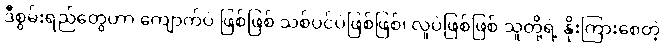
ဒီစွမ်းရည်တွေဟာ ကျောက်ပဲ ဖြစ်ဖြစ် သစ်ပင်ပဲဖြစ်ဖြစ်၊ လူပဲဖြစ်ဖြစ် သူတို့ရဲ့ နိုးကြားစေတဲ့